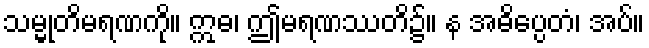
သမ္မုတိမရဏကို။ ဣဓ၊ ဤမရဏဿတိ၌။ န အဓိပ္ပေတံ၊ အပ်။